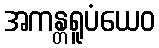
အကန္တရူပံယေဝ